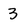
Character: 3